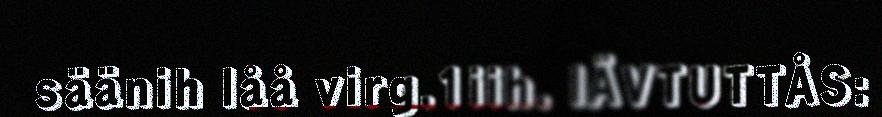
säänih låå virg.1iih. IÄVTUTTÅS: